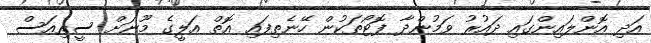
އަދި އޮންލައިންގައި ދައުރު ވަމުންދާ ފޮޓޯތަކުން ހޭނެތިފައި އޮތް އަލީގެ މޫނަށް ސީރިއަސް